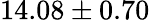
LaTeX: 14.08\pm 0.70